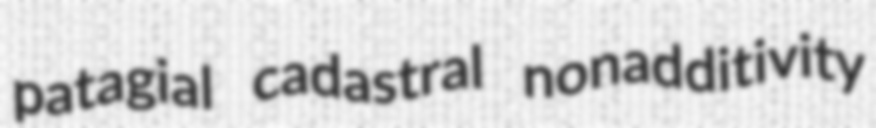
patagial cadastral nonadditivity